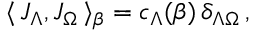
\langle \, { J } _ { \Lambda } , { J } _ { \Omega } \, \rangle _ { \beta } = c _ { \Lambda } ( \beta ) \, \delta _ { \Lambda \Omega } \, ,